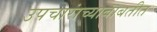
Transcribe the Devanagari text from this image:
उपचारांच्याबाबतीत